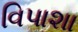
વિપાશા